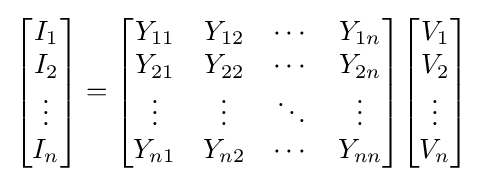
{\begin{bmatrix}I_{1}\\I_{2}\\\vdots \\I_{n}\end{bmatrix}}={\begin{bmatrix}Y_{11}&Y_{12}&\cdots &Y_{1n}\\Y_{21}&Y_{22}&\cdots &Y_{2n}\\\vdots &\vdots &\ddots &\vdots \\Y_{n1}&Y_{n2}&\cdots &Y_{nn}\end{bmatrix}}{\begin{bmatrix}V_{1}\\V_{2}\\\vdots \\V_{n}\end{bmatrix}}